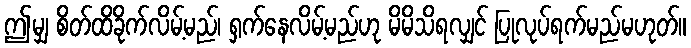
ဤမျှ စိတ်ထိခိုက်လိမ့်မည်၊ ရှက်နေလိမ့်မည်ဟု မိမိသိရလျှင် ပြုလုပ်ရက်မည်မဟုတ်။